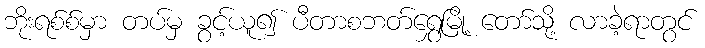
ဘိုးရစ်စ်မှာ တပ်မှ ခွင့်ယူ၍ ပီတာစဘတ်ရွှေမြို့ တော်သို့ လာခဲ့ရာတွင်